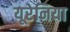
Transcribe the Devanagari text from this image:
यूरेनिया